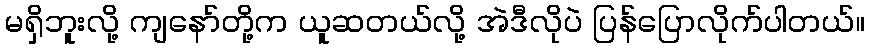
မရှိဘူးလို့ ကျနော်တို့က ယူဆတယ်လို့ အဲဒီလိုပဲ ပြန်ပြောလိုက်ပါတယ်။